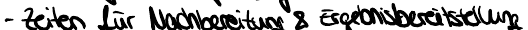
- Zeiten für Nachbereitung & Ergebnisbereitstellung